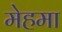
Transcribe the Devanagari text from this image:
मेहमा